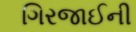
ગિરજાઈની